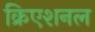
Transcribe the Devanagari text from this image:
क्रिएशनल